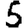
Digit: 5